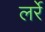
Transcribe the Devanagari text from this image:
लर्रे